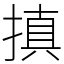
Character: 搷